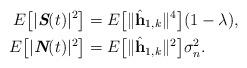
LaTeX: \begin{align*}E\big[|\textit{\textbf{S}}(t)|^2\big] &=E\big[\|\hat{\textbf{h}}_{1,k}\|^4\big](1-\lambda), \\E\big[|\textit{\textbf{N}}(t)|^2\big] &= E\big[\|\hat{\textbf{h}}_{1,k}\|^2\big]\sigma_n^2.\end{align*}